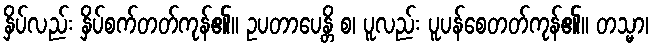
နှိပ်လည်း နှိပ်စက်တတ်ကုန်၏။ ဥပတာပေန္တိ စ၊ ပူလည်း ပူပန်စေတတ်ကုန်၏။ တသ္မာ၊